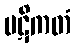
ပဋိကတံ